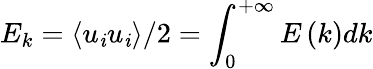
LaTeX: E_{k}=\left\langle{{u_{\mathit{i}}}{u_{\mathit{i}}}}\right\rangle/2=\int_{0}^{+\infty}{E\left(k\right)dk}